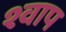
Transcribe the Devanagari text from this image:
श्वाप